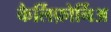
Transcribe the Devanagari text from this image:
कैर्लिफ़ोर्निअ